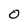
Character: O